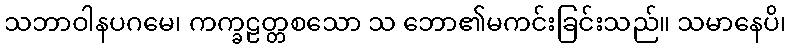
သဘာဝါနပဂမေ၊ ကက္ခဠတ္တစသော သ ဘော၏မကင်းခြင်းသည်။ သမာနေပိ၊